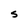
Character: S